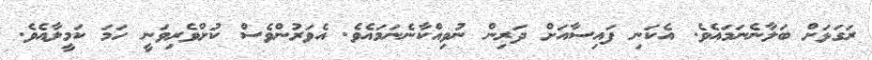
ރަގަޅަށް ބަލާނެނަމައެވެ. އެކަނި ފައިސާއަށް ދަރިން ނުވިއްކާނެނަމައެވެ. އެވަރުންވެސް ކުށްވެރިވަނީ ހަމަ ކަމީލާއެވެ.